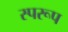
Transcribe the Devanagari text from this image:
स्परूप